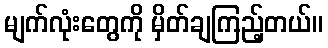
မျက်လုံးတွေကို မှိတ်ချကြည့်တယ်။